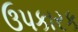
ઉપકારક